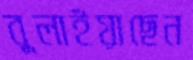
বুলাইয়াছেন